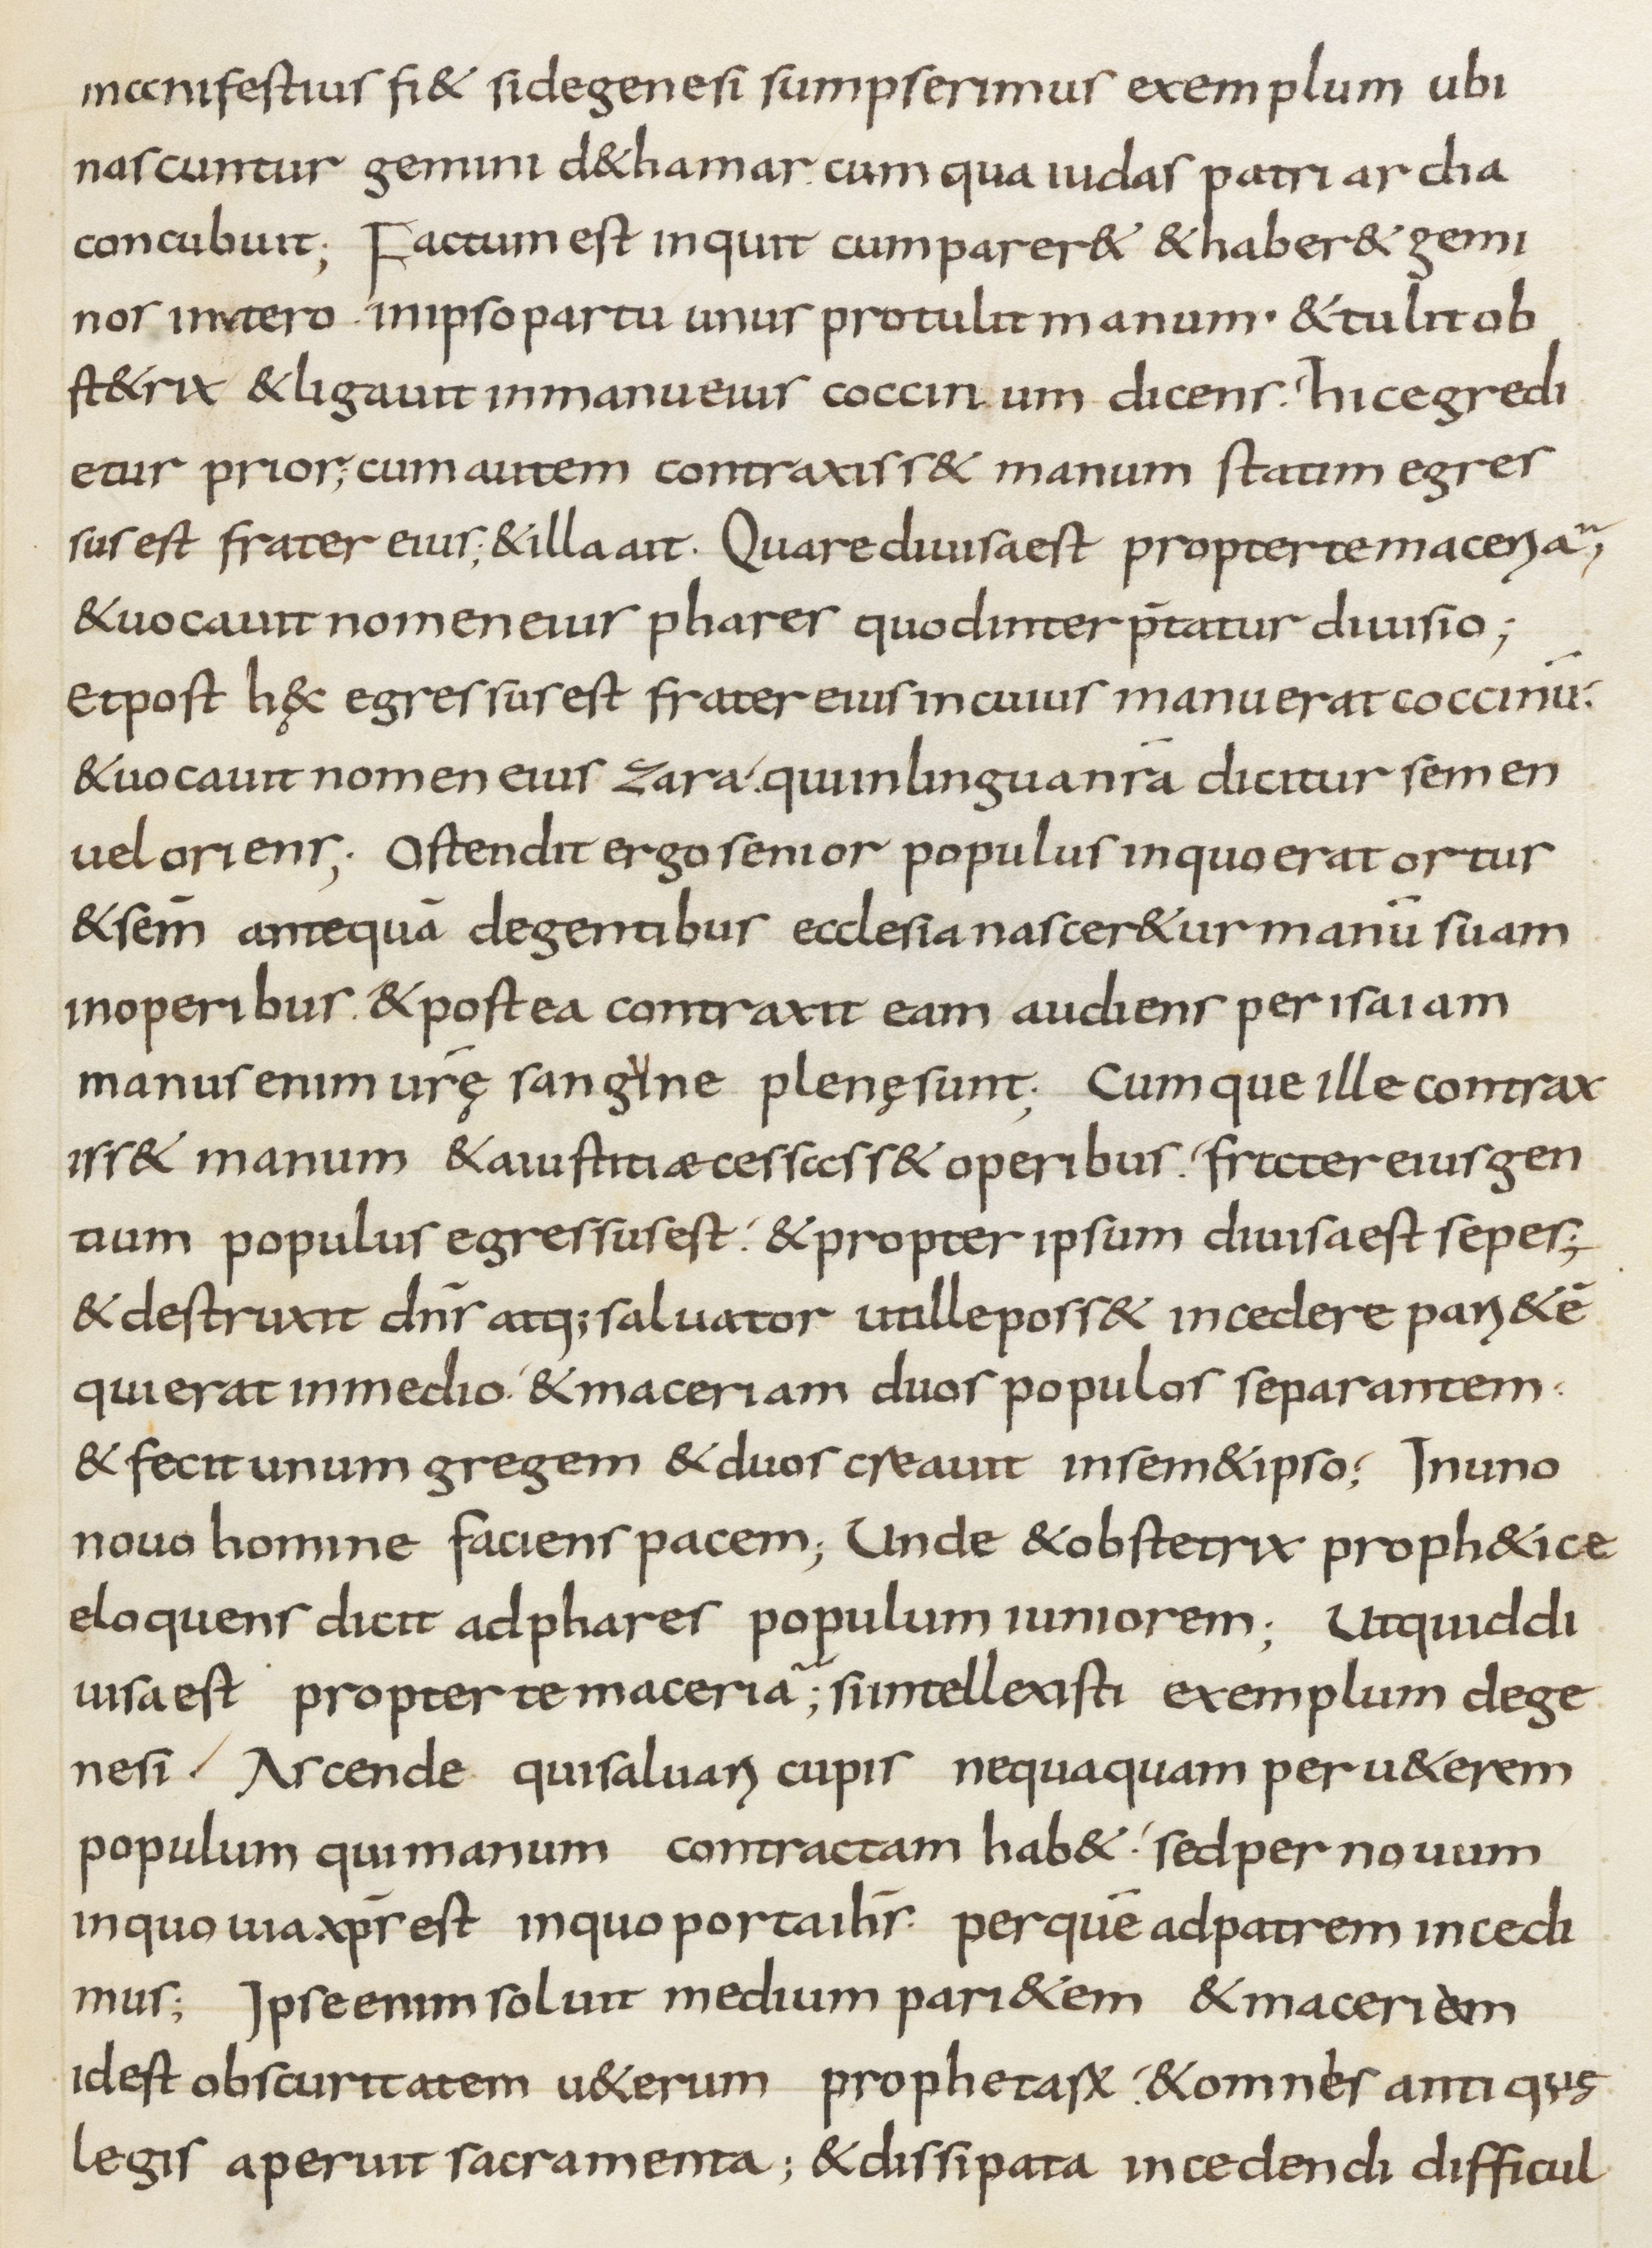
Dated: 800–899